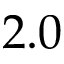
2 . 0